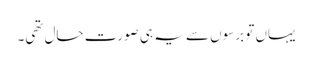
یہاں تو برسوں سے یہ ہی صورتِ حال تھی۔